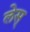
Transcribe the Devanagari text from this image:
लेस्